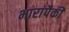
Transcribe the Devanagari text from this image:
भारांपैकी